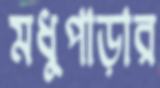
মধুপাড়ার